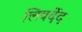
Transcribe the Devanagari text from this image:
लिबर्देद